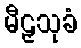
မီဠှသုခံ